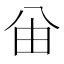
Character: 𠔍